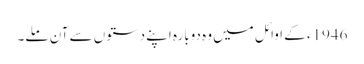
1946ء کے اوائل میں وہ دوبارہ اپنے دستوں سے آن ملے۔